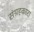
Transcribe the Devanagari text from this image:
संग्रहकारा